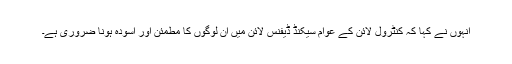
انہوں نے کہا کہ کنٹرول لائن کے عوام سیکنڈ ڈیفنس لائن میں ان لوگوں کا مطمئن اور آسودہ ہونا ضروری ہے۔